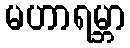
မဟာရမ္ဘာ